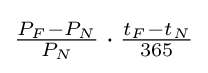
{\textstyle {\frac {P_{F}-P_{N}}{P_{N}}}\cdot {\frac {t_{F}-t_{N}}{365}}}